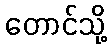
တောင်သို့